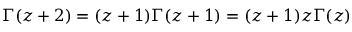
\Gamma ( z + 2 ) = ( z + 1 ) \Gamma ( z + 1 ) = ( z + 1 ) z \Gamma ( z )